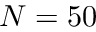
N = 5 0